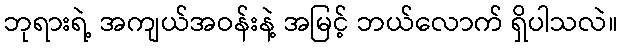
ဘုရားရဲ့ အကျယ်အဝန်းနဲ့ အမြင့် ဘယ်လောက် ရှိပါသလဲ။